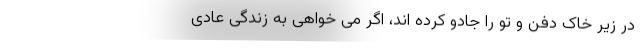
در زیر خاک دفن و تو را جادو کرده اند، اگر می خواهی به زندگی عادی